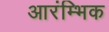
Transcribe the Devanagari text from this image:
आरंम्भिक